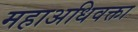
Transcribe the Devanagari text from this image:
महाअधिवक्ता